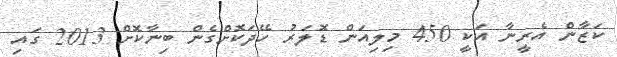
ކަޒާން އެރީނާ އަކީ 450 މިލިއަން ޑޮލަރު ހޭދަކޮށްގެން ބިނާކޮށް 2013 ގައި